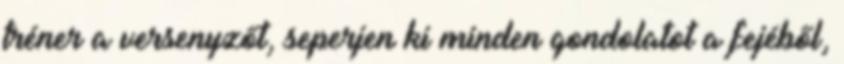
tréner a versenyzőt, seperjen ki minden gondolatot a fejéből,